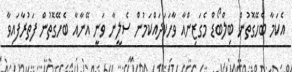
އެކަމާ ބެހޭގޮތުން ބިލްބޯޑް މެގަޒިންއާ ވާހަކަދައްކަމުން ސެލީނާ ވަނީ އޭނާއާ ބެހޭގޮތުން ފަތުރާފައިވާ